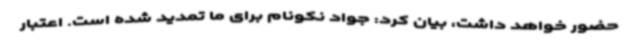
حضور خواهد داشت، بیان کرد: جواد نکونام برای ما تمدید شده است. اعتبار